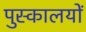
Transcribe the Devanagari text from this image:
पुस्कालयों